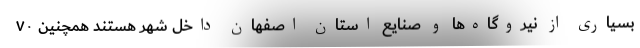
بسیاری از نیروگاه‌ها و صنایع استان اصفهان داخل شهر هستند همچنین ۷۰